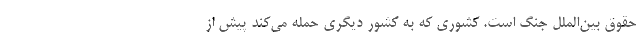
حقوق بين‌الملل جنگ است. كشوري كه به كشور ديگري حمله مي‌كند پيش از